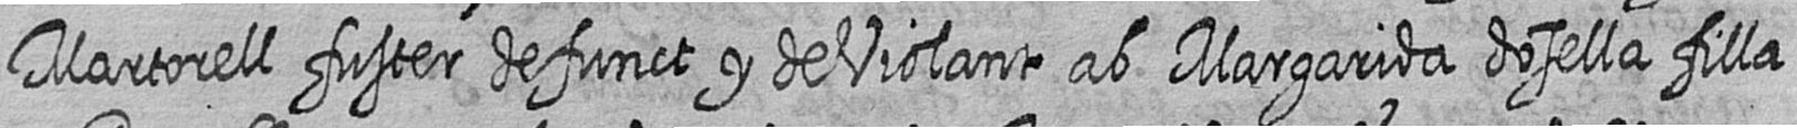
Martorell fuster defunct y de Violant ab Margarida dosella filla